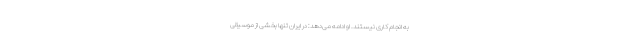
به انجام کاری نیستند. او ادامه می‌دهد: در ایران تنها بخشی از موسیقی